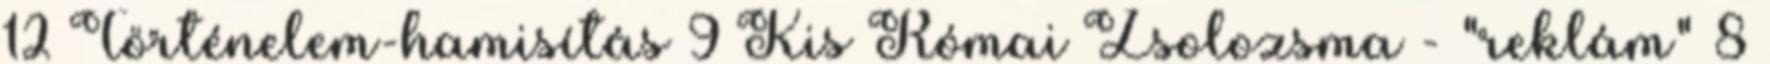
12 Történelem-hamisítás 9 Kis Római Zsolozsma - "reklám" 8